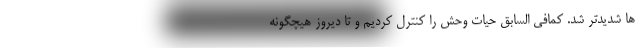
ها شدیدتر شد. کمافی السابق حیات وحش را کنترل کردیم و تا دیروز هیچگونه